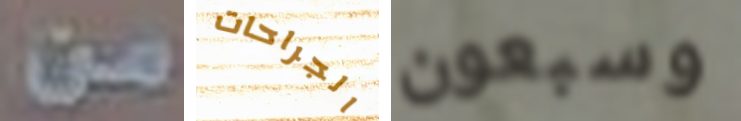
من الجراحات وسبعون